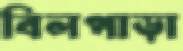
বিলপাড়া